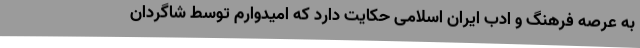
به عرصه فرهنگ و ادب ایران اسلامی حکایت دارد که امیدوارم توسط شاگردان